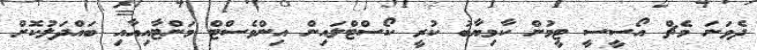
ދެވަނަ މެޗް އޯސީސީ ޓީމުން ކާމިޔާބު ކުރީ ކޯސްޓްލައިން އިންވެސްޓް މަންޓާއިއާއި ބައްދަލުކޮށް